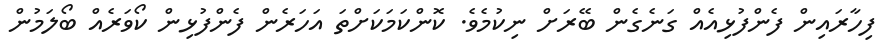
ފިހާރައިން ފެންފުޅިއެއް ގަނެގެން ބޭރަށް ނިކުމެވެ. ކޮންކަމަކަށްތަ އަހަރެން ފެންފުޅިން ކޯވަރެއް ބޯލަމުން